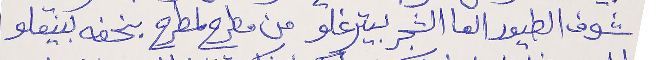
شوف الطيور العا الشجر بيترغلو من مطرح لمطرح بخفه بينقلو